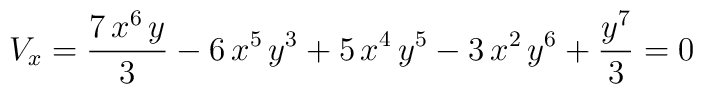
V_x = {{7\,{x^6}\,y}\over 3} - 6\,{x^5}\,{y^3} + 5\,{x^4}\,{y^5} -   3\,{x^2}\,{y^6} + {{{y^7}}\over 3}  = 0